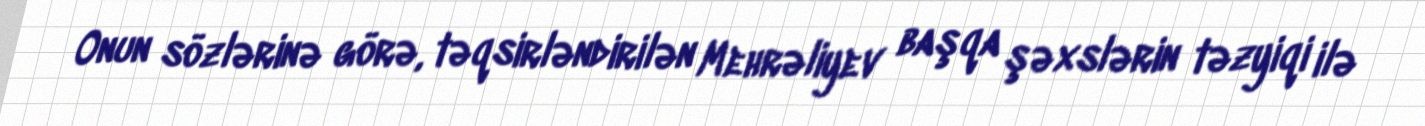
Onun sözlərinə görə, təqsirləndirilən Mehrəliyev başqa şəxslərin təzyiqi ilə